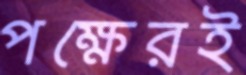
পক্ষেরই